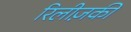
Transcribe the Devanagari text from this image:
रिलीज़की